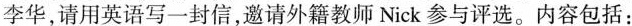
李华，请用英语写一封信，邀请外籍教师Nick参与评选。内容包括：